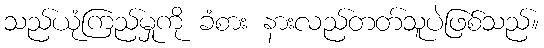
သည်ယုံကြည်မှုကို ခံစား နားလည်တတ်သူပဲဖြစ်သည်။